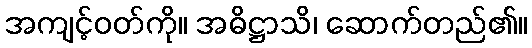
အကျင့်ဝတ်ကို။ အဓိဋ္ဌာသိ၊ ဆောက်တည်၏။